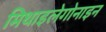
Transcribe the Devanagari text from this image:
मिथाइलेगोनाइन